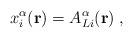
\begin{align*}x_i^\alpha({\bf{r}}) = A_{Li}^{\alpha}({\bf{r}})\;,\end{align*}